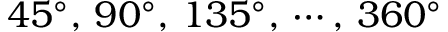
4 5 ^ { \circ } , \, 9 0 ^ { \circ } , \, 1 3 5 ^ { \circ } , \, \cdots , \, 3 6 0 ^ { \circ }